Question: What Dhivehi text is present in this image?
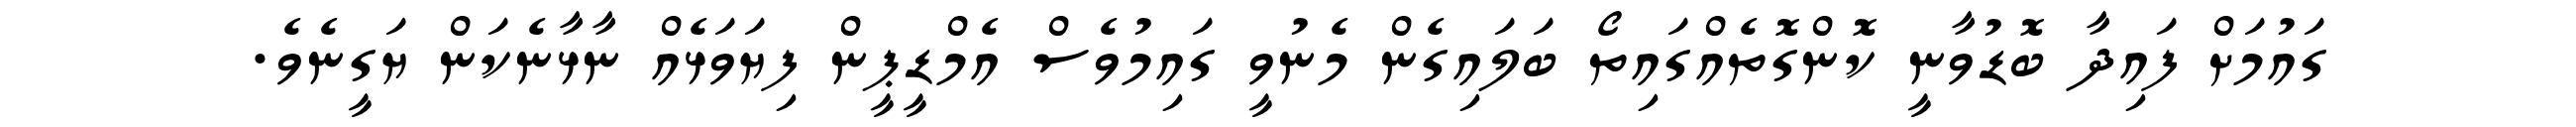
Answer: ގައުމަށް ފައިދާ ބޮޑުވާނީ ކޮންގޮތެއްގައިތޯ ބަލައިގެން މެނުވީ ގައިމުވެސް އެމްޑީޕީން ފިޔަވަޅެއް ނާޅާނެކަން ޔަގީނެވެ.